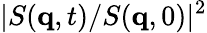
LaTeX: |S(\mathbf{q},t)/S(\mathbf{q},0)|^{2}